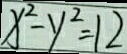
x ^ { 2 } - y ^ { 2 } = 1 2